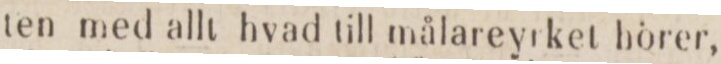
ten med allt hvad till målareyrket hörer,